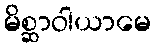
မိစ္ဆာဝါယာမေ